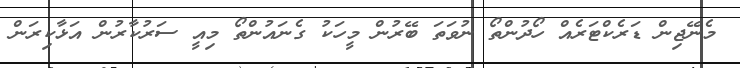
މެނޭޖިން ޑަރެކްޓަރެއް ހޯދުންތޯ ނުވަތަ ބޭރުން މީހަކު ގެނައުންތޯ މިއީ ސަރުކާރުން އަޅާކިރަން